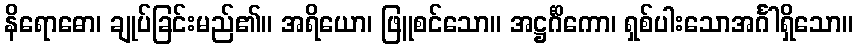
နိရောဓော၊ ချုပ်ခြင်းမည်၏။ အရိယော၊ ဖြူစင်သော။ အဋ္ဌင်္ဂိကော၊ ရှစ်ပါးသောအင်္ဂါရှိသော။